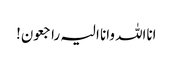
انااللہ وانا الیہ راجعون!